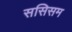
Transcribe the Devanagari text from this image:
ससिसम